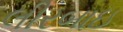
લીરબાઇ